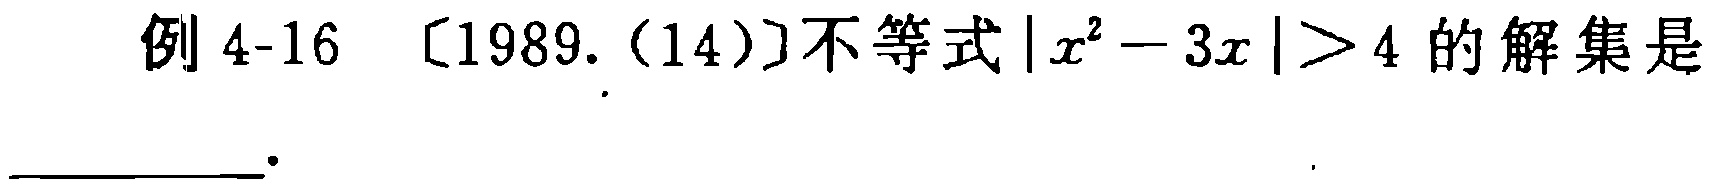
例 4-16 〔1989.(14)〕不等式\(\vert x^{2}-3x\vert>4\)的解集是  .